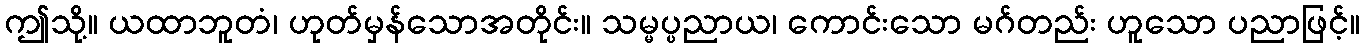
ဤသို့။ ယထာဘူတံ၊ ဟုတ်မှန်သောအတိုင်း။ သမ္မပ္ပညာယ၊ ကောင်းသော မဂ်တည်း ဟူသော ပညာဖြင့်။